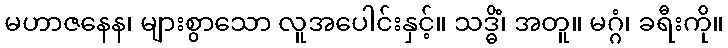
မဟာဇနေန၊ များစွာသော လူအပေါင်းနှင့်။ သဒ္ဓိံ၊ အတူ။ မဂ္ဂံ၊ ခရီးကို။